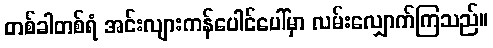
တစ်ခါတစ်ရံ အင်းလျားကန်ပေါင်ပေါ်မှာ လမ်းလျှောက်ကြသည်။